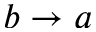
b \to a